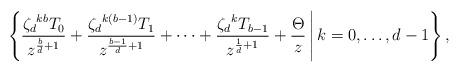
LaTeX: \begin{gather*}\left\{\frac{{\zeta_d}^{kb}T_0}{z^{\frac{b}{d}+1}}+\frac{{\zeta_d}^{k(b-1)}T_1}{z^{\frac{b-1}{d}+1}}+\cdots+\frac{{\zeta_d}^{k}T_{b-1}}{z^{\frac{1}{d}+1}}+\frac{\Theta}{z} \, \Bigg|\,k=0,\ldots,d-1 \right\},\end{gather*}